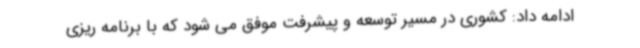
ادامه داد: کشوری در مسیر توسعه و پیشرفت موفق می شود که با برنامه ریزی